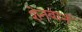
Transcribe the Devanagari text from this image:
शेनवार्न